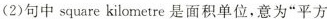
(2)句中 square kilometre 是面积单位,意为“平方